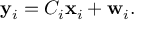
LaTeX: \mathbf { y } _ { i } = C _ { i } \mathbf { x } _ { i } + \mathbf { w } _ { i } .